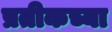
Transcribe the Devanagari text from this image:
प्रतीकच्या